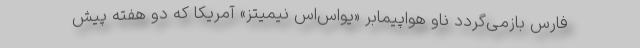
فارس بازمی‌گردد ناو هواپیمابر «یواس‌اس نیمیتز» آمریکا که دو هفته پیش